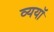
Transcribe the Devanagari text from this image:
व्ययॉ